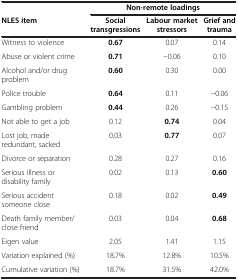
<table><thead><tr><td><b> </b></td><td colspan="3"><b>Non-remote loadings</b></td></tr><tr><td><b>NLES item</b></td><td><b>Social transgressions</b></td><td><b>Labour market stressors</b></td><td><b>Grief and trauma</b></td></tr></thead><tbody><tr><td>Witness to violence</td><td><b>0.67</b></td><td>0.07</td><td>0.14</td></tr><tr><td>Abuse or violent crime</td><td><b>0.71</b></td><td>−0.06</td><td>0.10</td></tr><tr><td>Alcohol and/or drug problem</td><td><b>0.60</b></td><td>0.30</td><td>0.00</td></tr><tr><td>Police trouble</td><td><b>0.64</b></td><td>0.11</td><td>−0.06</td></tr><tr><td>Gambling problem</td><td><b>0.44</b></td><td>0.26</td><td>−0.15</td></tr><tr><td>Not able to get a job</td><td>0.12</td><td><b>0.74</b></td><td>0.04</td></tr><tr><td>Lost job, made redundant, sacked</td><td>0.03</td><td><b>0.77</b></td><td>0.07</td></tr><tr><td>Divorce or separation</td><td>0.28</td><td>0.27</td><td>0.16</td></tr><tr><td>Serious illness or disability family</td><td>0.02</td><td>0.13</td><td><b>0.60</b></td></tr><tr><td>Serious accident someone close</td><td>0.18</td><td>0.02</td><td><b>0.49</b></td></tr><tr><td>Death family member/close friend</td><td>0.03</td><td>0.04</td><td><b>0.68</b></td></tr><tr><td>Eigen value</td><td>2.05</td><td>1.41</td><td>1.15</td></tr><tr><td>Variation explained (%)</td><td>18.7%</td><td>12.8%</td><td>10.5%</td></tr><tr><td>Cumulative variation (%)</td><td>18.7%</td><td>31.5%</td><td>42.0%</td></tr></tbody></table>